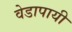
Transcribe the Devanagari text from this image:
वेडापायी